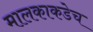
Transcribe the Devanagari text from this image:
मालकाकडेच